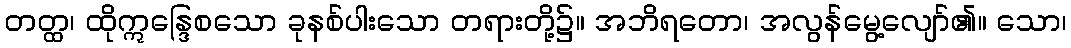
တတ္ထ၊ ထိုဣန္ဒြေစသော ခုနစ်ပါးသော တရားတို့၌။ အဘိရတော၊ အလွန်မွေ့လျော်၏။ သော၊